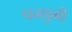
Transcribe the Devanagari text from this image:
पनडुव्बी